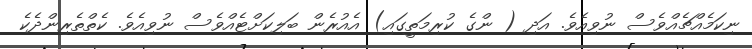
ނިކަމެއްޗެއްވެސް ނުވިއެވެ. އަދި ( ންގެ ކުރިމަތީގައިި) އެއުރެން ބަލިކަށްޓެއްވެސް ނުވިއެވެ. ކެތްތެރިންދެކެ